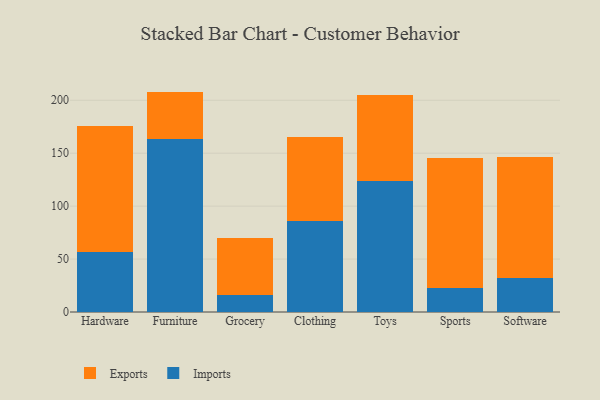
{"axis": {"x": "Category", "y": "Operating Costs (USD K)"}, "legend": ["Exports", "Imports"], "data": [{"x": "Hardware", "y": 56.7, "type": "Imports"}, {"x": "Hardware", "y": 118.6, "type": "Exports"}, {"x": "Furniture", "y": 163.9, "type": "Imports"}, {"x": "Furniture", "y": 44.3, "type": "Exports"}, {"x": "Grocery", "y": 16.3, "type": "Imports"}, {"x": "Grocery", "y": 53.7, "type": "Exports"}, {"x": "Clothing", "y": 85.5, "type": "Imports"}, {"x": "Clothing", "y": 79.6, "type": "Exports"}, {"x": "Toys", "y": 123.6, "type": "Imports"}, {"x": "Toys", "y": 81.4, "type": "Exports"}, {"x": "Sports", "y": 22.3, "type": "Imports"}, {"x": "Sports", "y": 123.2, "type": "Exports"}, {"x": "Software", "y": 32.5, "type": "Imports"}, {"x": "Software", "y": 114.1, "type": "Exports"}]}